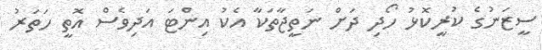
ސީޒަނުގެ ކުރީކޮޅު ހޯދި ދަށް ނަތީޖާތަކާ އެކު އިންޓަ އަދިވެސް އޮތީ ހަތަރު